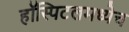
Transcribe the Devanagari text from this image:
हॉस्पिटलमध्येच